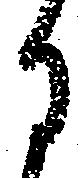
月